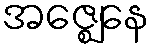
အဇ္ဈေနေ